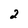
Character: 2